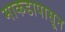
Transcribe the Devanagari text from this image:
माकडापासून